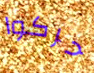
حركوا